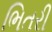
ભિતરી